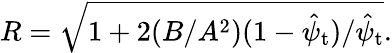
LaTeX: \begin{array}{r}{R=\sqrt{1+2(B/A^{2})(1-\hat{\psi}_{\mathrm{t}})/\hat{\psi}_{\mathrm{t}}}.}\end{array}